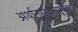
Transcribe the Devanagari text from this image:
अर्थानुसंधानपूर्वक